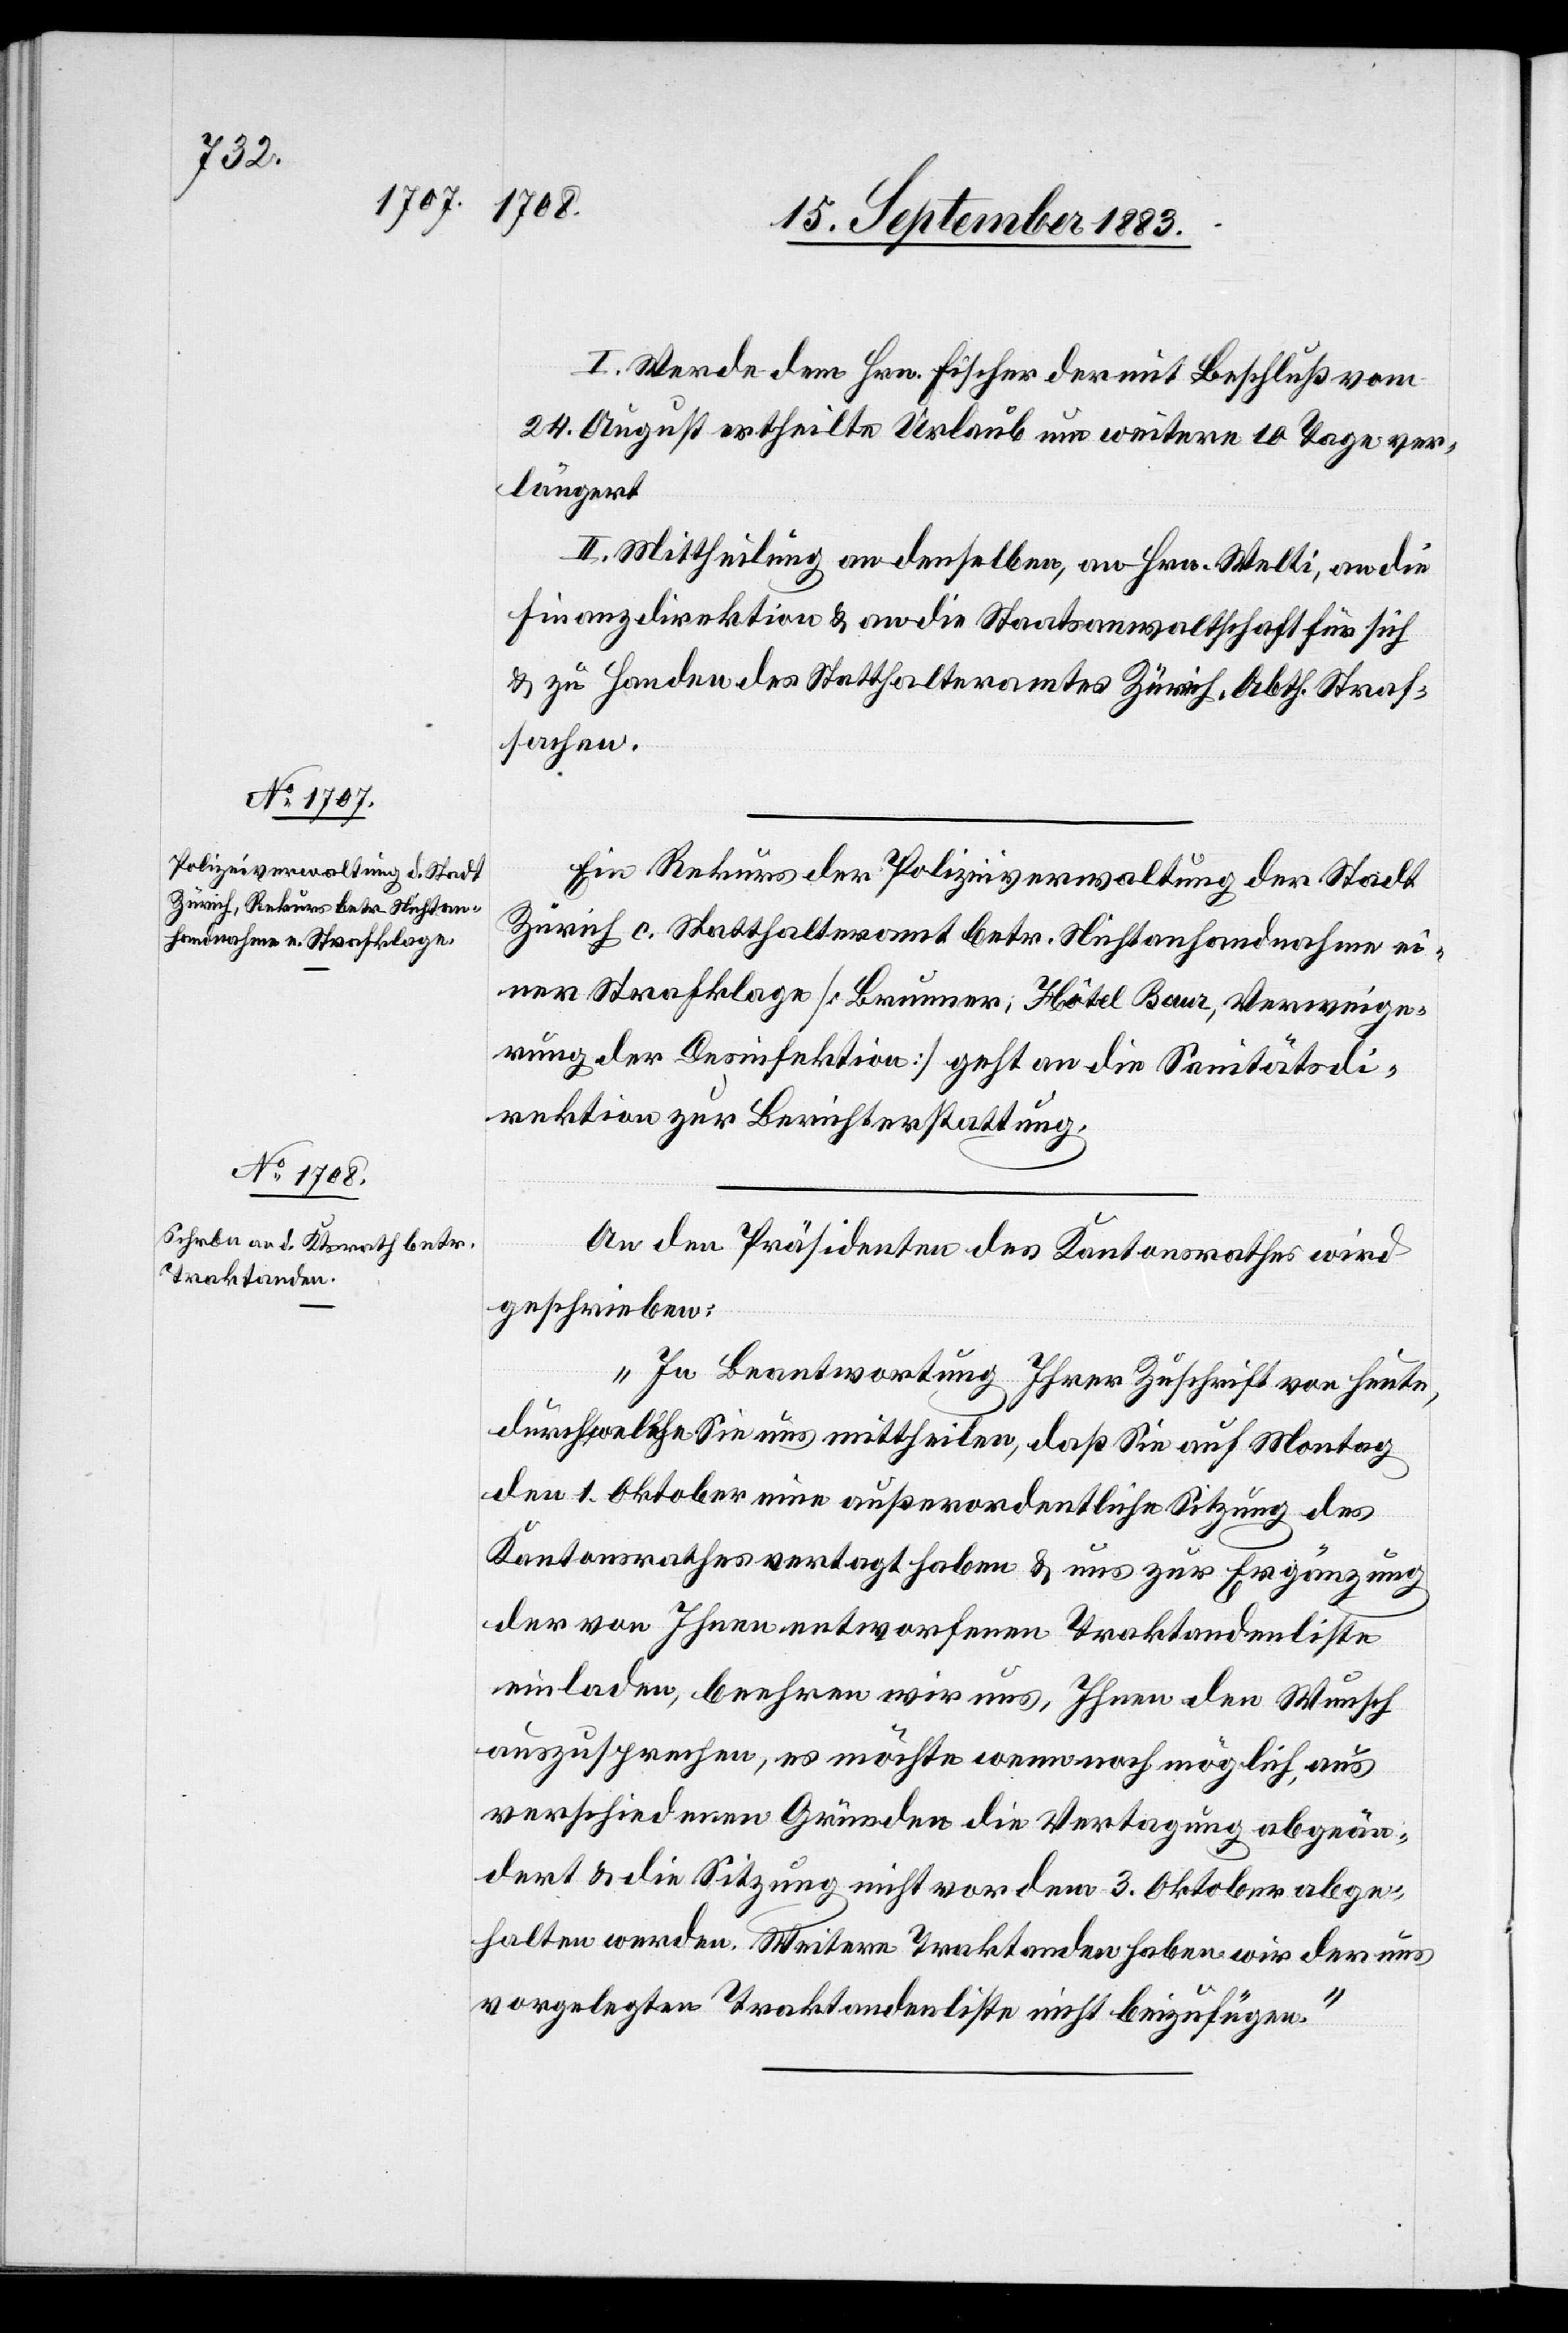
I. Werde dem Hrn. Fischer der mit Beschluß vom
24. August ertheilte Urlaub um weitere 10 Tage ver¬
längert.
II. Mittheilung an denselben, an Hrn. Welti, an die
Finanzdirektion & an die Staatsanwaltschaft für sich
& zu Handen des Statthalteramtes Zürich, Abth. Straf¬
sachen.
Ein Rekurs der Polizeiverwaltung der Stadt
Zürich c. Statthalteramt betr. Nichtanhandnahme ei¬
ner Strafklage [Brunner, Hôtel Baur, Verweige¬
rung der Desinfektion] geht an die Sanitätsdi¬
rektion zur Berichterstattung.
An den Präsidenten des Kantonsrathes wird
geschrieben:
„In Beantwortung Ihrer Zuschrift von heute,
durch welche Sie uns mittheilen, daß Sie auf Montag
den 1. Oktober eine außerordentliche Sitzung des
Kantonsrathes vertagt haben & uns zur Ergänzung
der von Ihnen entworfenen Traktandenliste
einladen, beehren wird uns, Ihnen den Wunsch
auszusprechen, es möchte wenn noch möglich, aus
verschiedenen Gründen die Vertagung abgeän¬
dert & die Sitzung nicht vor dem 3. Oktober abge¬
halten werden. Weitere Traktanden haben wir der uns
vorgelegten Traktandenliste nicht beizufügen.“